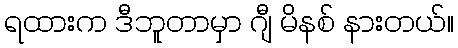
ရထားက ဒီဘူတာမှာ ဂျီ မိနစ် နားတယ်။